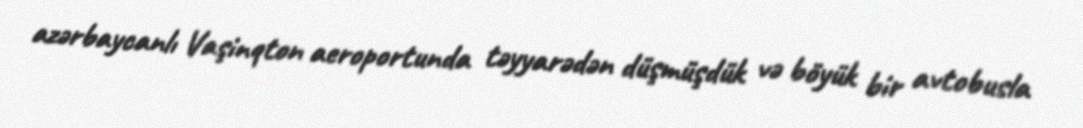
azərbaycanlı Vaşinqton aeroportunda təyyarədən düşmüşdük və böyük bir avtobusla